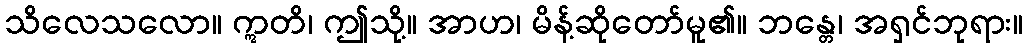
သိလေသလော။ ဣတိ၊ ဤသို့။ အာဟ၊ မိန့်ဆိုတော်မူ၏။ ဘန္တေ၊ အရှင်ဘုရား။